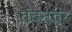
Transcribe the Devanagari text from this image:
तदनंदर